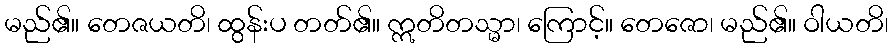
မည်၏။ တေဇယတိ၊ ထွန်းပ တတ်၏။ ဣတိတသ္မာ၊ ကြောင့်။ တေဇော၊ မည်၏။ ဝါယတိ၊